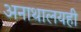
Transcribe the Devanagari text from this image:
अनाथालयही